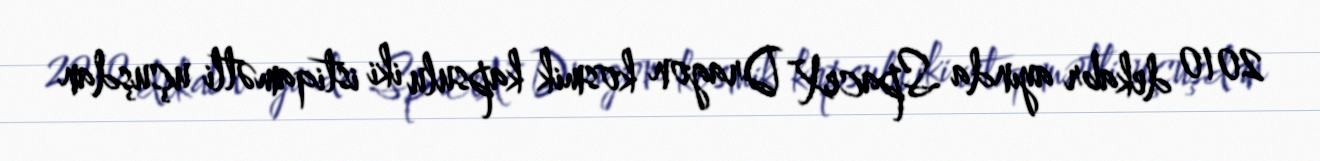
2010 dekabr ayında SpaceX Dragon kosmik kapsulu iki istiqamətli uçuşdan